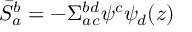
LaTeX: \bar { S } _ { a } ^ { b } = - \Sigma _ { a c } ^ { b d } \psi ^ { c } \psi _ { d } ( z )